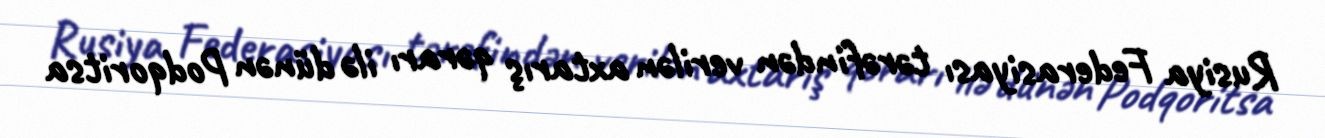
Rusiya Federasiyası tərəfindən verilən axtarış qərarı ilə dünən Podqoritsa